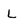
Character: L